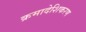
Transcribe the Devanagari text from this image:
क्रमादेशिकरण